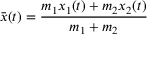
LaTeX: { \bar { x } } ( t ) = { \frac { m _ { 1 } x _ { 1 } ( t ) + m _ { 2 } x _ { 2 } ( t ) } { m _ { 1 } + m _ { 2 } } }